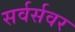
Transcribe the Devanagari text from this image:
सर्वर्सवर